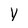
Character: V